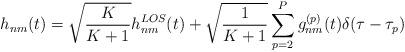
LaTeX: \begin{align*}h_{nm}(t)=\sqrt{\frac{K}{K+1}}h_{nm}^{LOS}(t)+\sqrt{\frac{1}{K+1}}\sum_{p=2}^{P}g^{(p)}_{nm}(t)\delta(\tau-\tau_p)\end{align*}